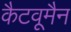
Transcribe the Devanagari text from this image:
कैटवूमैन